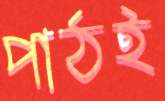
পাঠই